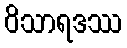
ဝိသာရဒဿ